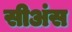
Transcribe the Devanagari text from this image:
सीअंस